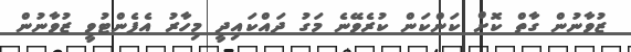
ޒުވާނުން ގާތް ކޮށް ކަންކަން ކުރެވޭނެ މަގު ދައްކައިދީ މިހާރު އެފެންޓުވީ ޒުވާނުން